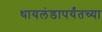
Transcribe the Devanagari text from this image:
थायलंडापर्यंतच्या